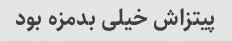
پیتزاش خیلی بدمزه بود